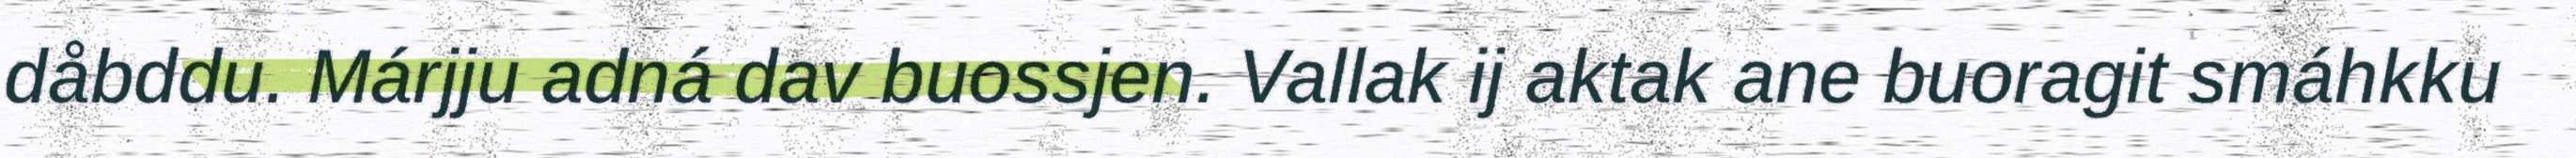
dåbddu. Márjju adná dav buossjen. Vallak ij aktak ane buoragit smáhkku